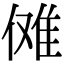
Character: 傩